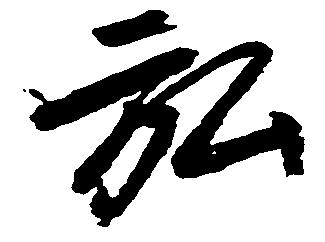
弘